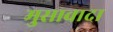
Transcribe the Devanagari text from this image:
मुसावादा